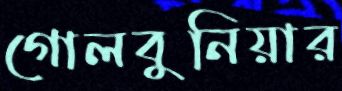
গোলবুনিয়ার